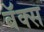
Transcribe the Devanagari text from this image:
बॅक्स